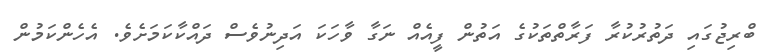
ބްރިޖުގައި ދަތުރުކުރާ ފަރާތްތަކުގެ އަތުން ފީއެއް ނަގާ ވާހަކަ އަދިނުވެސް ދައްކާކަމަށެވެ. އެހެންކަމުން